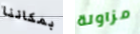
بمكاننا مزاولة